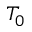
T _ { 0 }